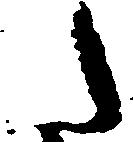
た